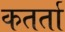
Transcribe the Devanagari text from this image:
कतर्ता